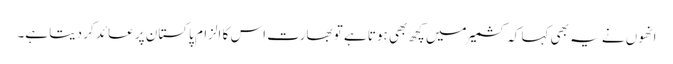
انھوں نے یہ بھی کہا کہ کشمیرمیں کچھ بھی ہوتا ہے تو بھارت اس کا الزام پاکستان پر عائد کر دیتا ہے۔